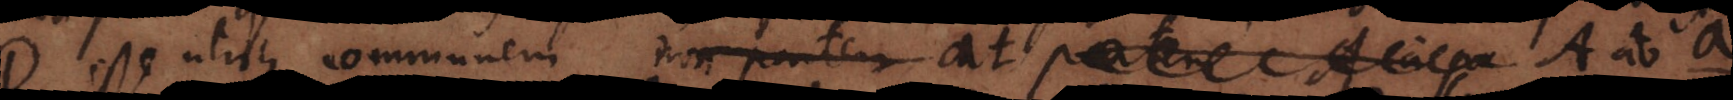
D esse utrique communem non partem at partem A a pa at A